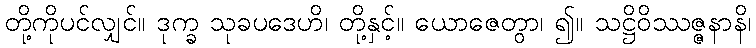
တို့ကိုပင်လျှင်။ ဒုက္ခ သုခပဒေဟိ၊ တို့နှင့်။ ယောဇေတွာ၊ ၍။ သဋ္ဌိဝိဿဇ္ဇနာနိ၊